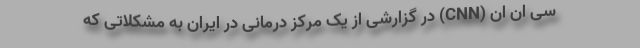
سی ان ان (CNN) در گزارشی از یک مرکز درمانی در ایران به مشکلاتی که